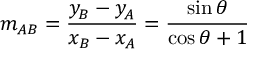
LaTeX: m _ { A B } = { \frac { y _ { B } - y _ { A } } { x _ { B } - x _ { A } } } = { \frac { \sin \theta } { \cos \theta + 1 } }